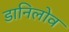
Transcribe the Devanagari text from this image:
डानिलोव